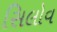
સિલોવ